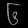
Digit: ၆